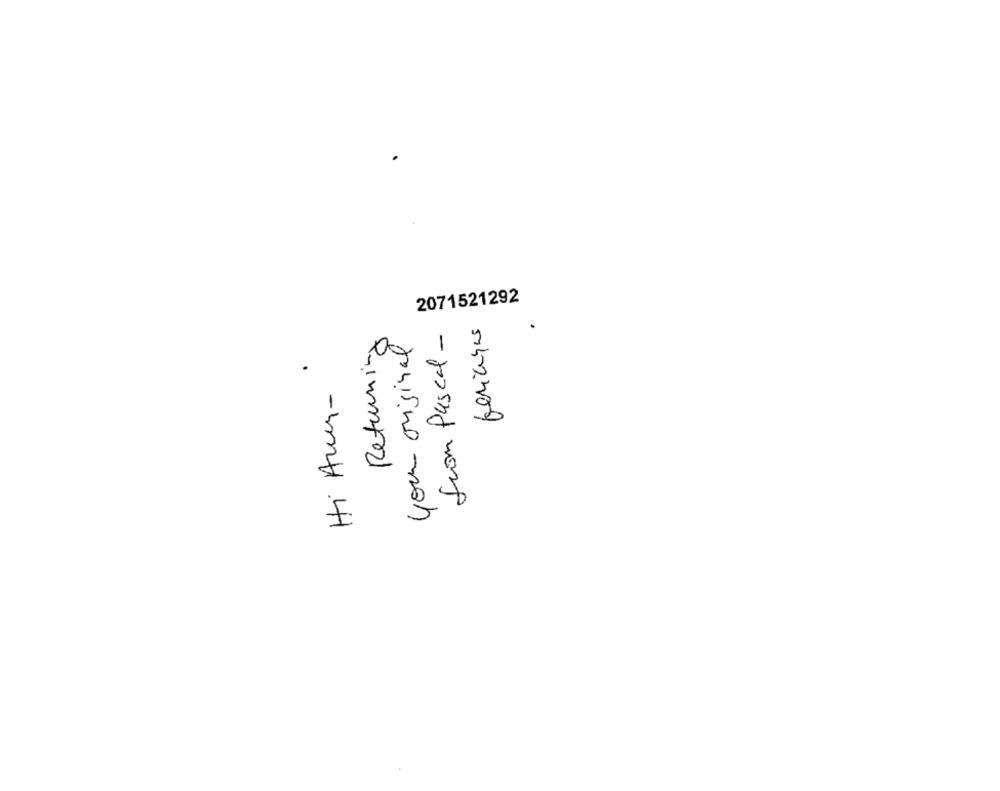
2071521292
from Pascal-
feriehus
.
Returning
your original
Hi Aus-